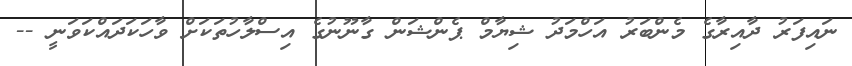
ނައިފަރު ދާއިރާގެ މެންބަރު އަހްމަދު ޝިޔާމް ޕެންޝަން ގާނޫނުގެ އިސްލާހުތަކަށް ވާހަކަދައްކަވަނީ --